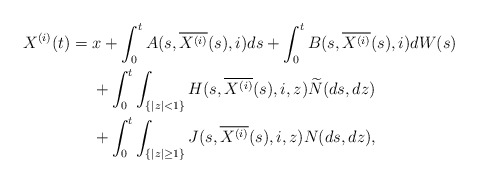
\begin{align*} X^{(i)}(t)&= x+\int_0^t A(s,\overline{X^{(i)}}(s),i)ds+\int_0^t B(s,\overline{X^{(i)}}(s),i)dW(s) \\ &\quad\ +\int_0^t \int_{\{|z|<1\}} H(s,\overline{X^{(i)}}(s),i,z)\widetilde{N}(ds,dz)\\&\quad\ +\int_0^t\int_{\{|z|\ge1\}} J(s,\overline{X^{(i)}}(s),i,z)N(ds,dz),\end{align*}